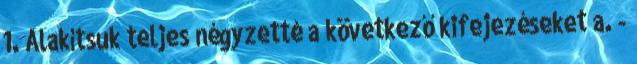
1. Alakítsuk teljes négyzetté a következő kifejezéseket a. -